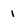
Character: 1